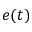
e ( t )